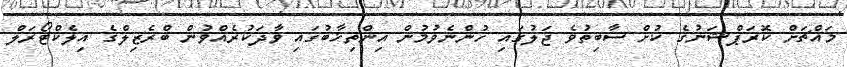
މައްޗަށް ކޮރަޕްޝަނުގެ ކުށް ސާބިތުވެ ޖަލުގައި ހުންނެވުމުން އިންތިޚާބުގައި ވާދަކުރެއްވުން ބްރެޒިލްގެ އިލެކްޓޯރަލް